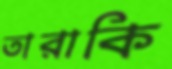
তারাকি